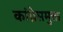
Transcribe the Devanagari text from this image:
कांग्रेसमुक्त